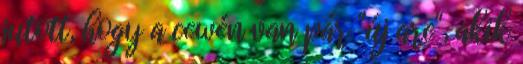
jutott, hogy a cewén van pár "új arc", akik